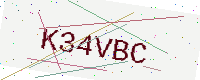
Text: K34VBC